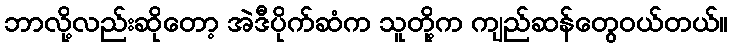
ဘာလို့လည်းဆိုတော့ အဲဒီပိုက်ဆံက သူတို့က ကျည်ဆန်တွေဝယ်တယ်။